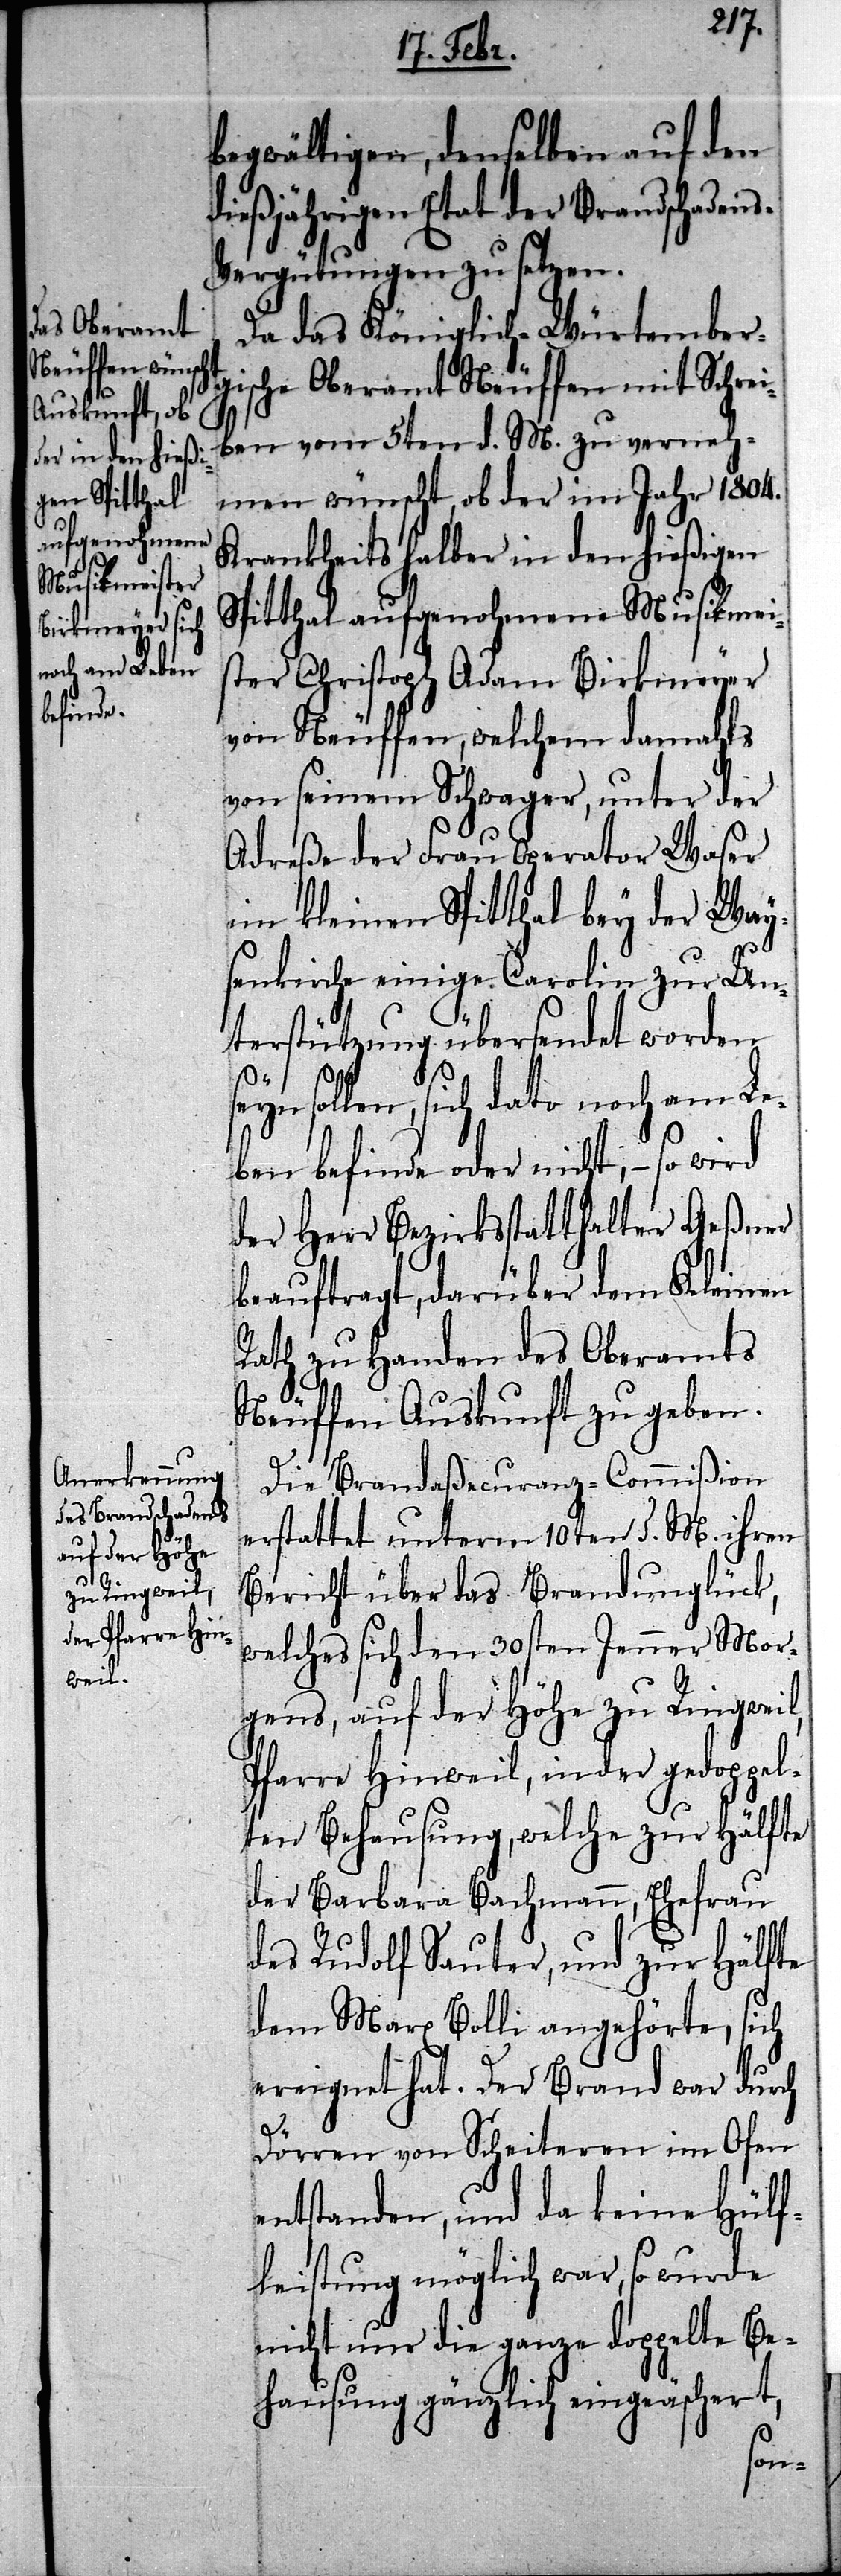
begwältigen, denselben auf den
dießjährigen Etat der Brandschaden¬
s-Vergütungen zu setzen.
Da das Königlich-Würtember¬
gische Oberamt Neuffen mit Schrei¬
ben vom 5ten d. M. zu verneh¬
men wünscht, ob der im Jahr 1804.
Krankheitshalber in den hießigen
Spitthal aufgenohmene Musikmei¬
ster Christoph Adam Birkmeyer
von Neuffen, welchem damahls
von seinem Schwager, unter der
Adreße der Frau Operator Waser
im kleinen Spitthal bey der Way¬
senkirche einige Carolin zur Un¬
terstützung übersendet worden
seyn sollen, sich dato noch am Le¬
ben befinde oder nicht, – so wird
der Herr Bezirksstatthalter Geßner
beauftragt, darüber dem Kleinen
Rath zu Handen des Oberamts
Neuffen Auskunft zu geben.
Die Brandaßecuranz-Commißion
erstattet unterm 10ten d. M. ihren
Bericht über das Brandunglück,
welches sich den 30sten Jenner Mor¬
gens, auf der Höhe zu Ringweil,
Pfarre Hinweil, in der gedoppel¬
ten Behausung, welche zur Hälfte
der Barbara Bachmann, Ehefrau
des Rudolf Sauter, und zur Hälfte
dem Marx Bolli angehörte, sich
ereignet hat. Der Brand war durch
Dörren von Scheiteren im Ofen
entstanden, und da keine Hülf¬
leistung möglich war, so wurde
nicht nur die ganze doppelte Be¬
hausung gänzlich eingeäschert,